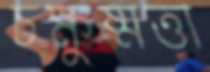
চক্ষুষ্মত্তা